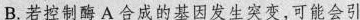
B.若控制酶A合成的基因发生突变，可能会引